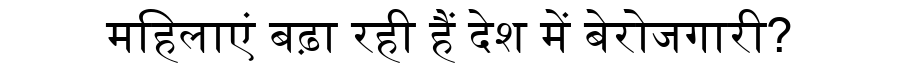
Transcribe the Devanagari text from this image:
महिलाएं बढ़ा रही हैं देश में बेरोजगारी?